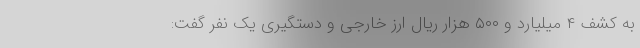
به کشف ۴ میلیارد و ۵۰۰ هزار ریال ارز خارجی و دستگیری یک نفر گفت: